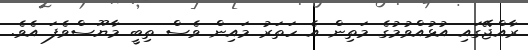
ރާއްޖޭގައި އުޅުއްވުމުގެ މަތިން އެ ހަތަރު މައިން ވެސް ތިބީ މާޔޫސްވެފަ އެވެ.